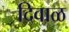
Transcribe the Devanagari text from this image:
दिवाळ